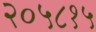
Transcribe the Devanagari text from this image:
२०५८१५